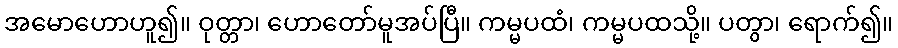
အမောဟောဟူ၍။ ဝုတ္တာ၊ ဟောတော်မူအပ်ပြီ။ ကမ္မပထံ၊ ကမ္မပထသို့။ ပတွာ၊ ရောက်၍။